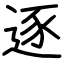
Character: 逐